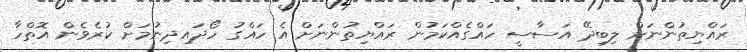
ރައްޔިތުންނަށް ލިބިދޭ އަސާސީ ހައްގެއްކަމުން ރައްޔިތުންނަށް އެ ހައްގު ހޯދައިދިނުމަށް ކުރެވެން އޮތްހާ